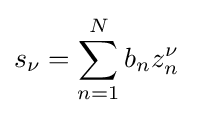
s_{\nu }=\sum _{n=1}^{N}b_{n}z_{n}^{\nu }\